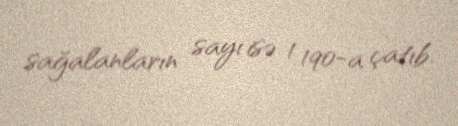
sağalanların sayı isə 1 190-a çatıb.